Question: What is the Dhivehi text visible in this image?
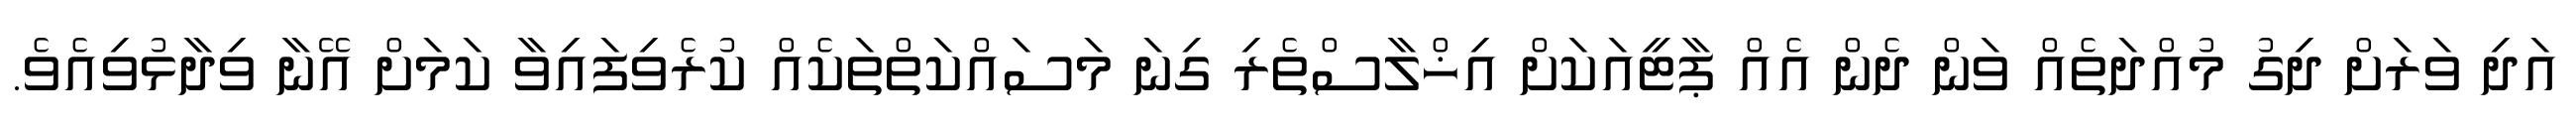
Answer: އަދި ވަރަށް ދިގު މުއްދަތެއް ވަން ދެން އެއް ޕާޓީއަކަށް އިޚްލާސްތެރި ގިނަ މަސައްކަތްތަކެއް ކުރެވިފައިވާ ކަމަށް އޭނާ ވިދާޅުވިއެވެ.